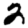
Digit: 2